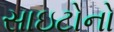
સાઇટોનો